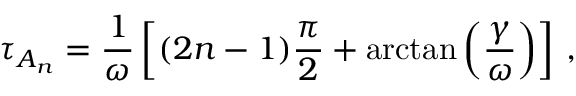
\tau _ { A _ { n } } = \frac { 1 } { \omega } \left[ ( 2 n - 1 ) \frac { \pi } { 2 } + \arctan \left( \frac { \gamma } { \omega } \right) \right] \, ,